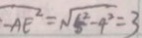
\overline { - A E ^ { 2 } } = \sqrt { 5 ^ { 2 } - 4 ^ { 2 } } = 3